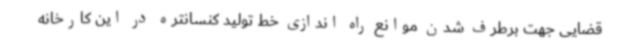
قضایی جهت برطرف شدن موانع راه اندازی خط تولید کنسانتره در این کارخانه